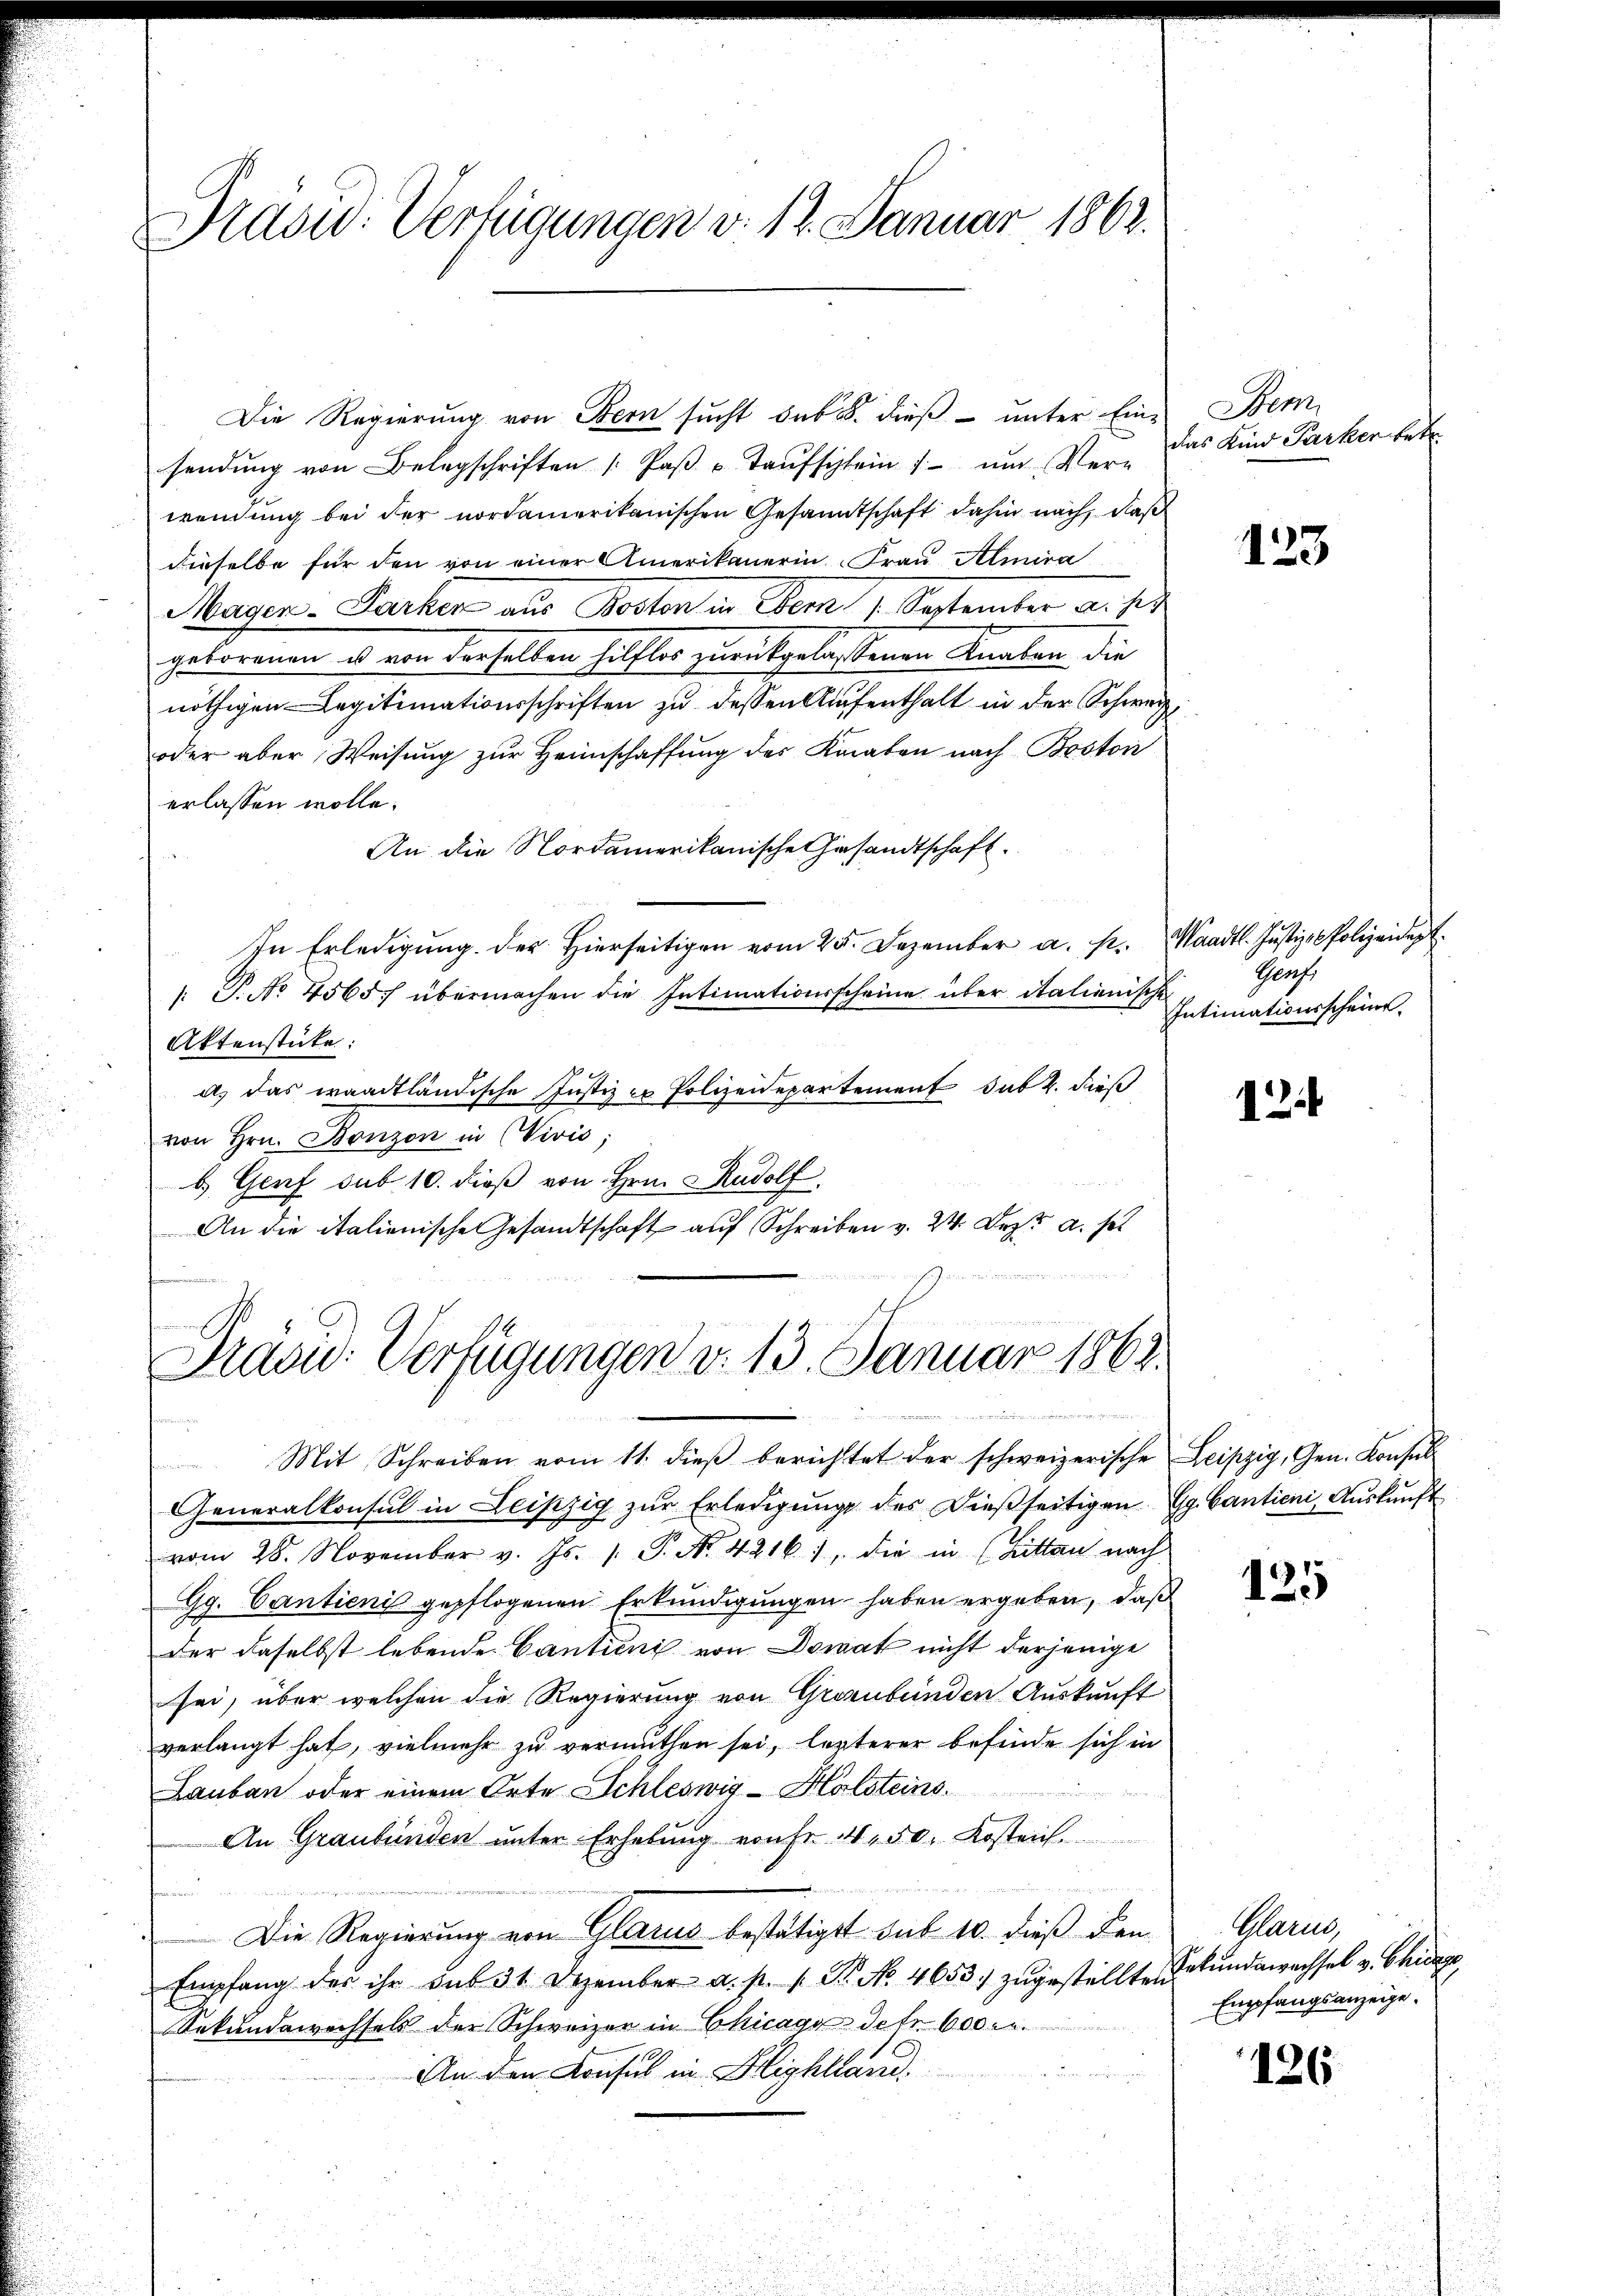
Präsid. Verfügungen v. 12. Januar 1862.

sendung von Belagschriften /: Paβ u. Taŭfschlein f ŭm Ver-
wendung bei der nordamerikanischen Gesandtschaft dahin nach, daß
dieselbe für den von einer Amerikanerin. Frau Amira
Mauern-Parter als Rector in Som 7. September u. sie
geborenen es von derselben hilflos zurückgelassenen Knalen die
nöthigen Legitimationsschriften zu dessen Aufenthalt in der Schweiz
oder aber Weisung zur Heimschaffung des Kraten nach Boston
erlassen wolle.
An die Nordamerikanische Gesandtschaft.
In Erledigung. Der hierseitigen vom 25. Dezember a. p. Waadt. Justiz-Polizeidept.
: P. No. 4565/ übermachen die Intimationsscheine über italienische
Aktenstücke:
a. Das waadtländische Justiz er Polizeidepartement sub 2. dieß
von Hrn. Bonzon in CVivis;
b. Genf sub 10. dieß von Hrn. Rudolf
An die italienische Gesandtschaft auf Schreiben v. 24. Dez. a. s

Die Regierung von Bern sucht sub. dieß – unter Ein-

Prasw: Verfügungen v. 13. Januar 1862.
e
1

Mit Schreiben vom 11. dieβ berichtet der schweizerische Leipzig, Gen. Konsul
Generalkonsul in Leipzig zŭr Erledigŭng des Dieβseitigen Gg. Cantieni, Aŭskŭnft
vom 28. November v. Js. 1. P. Nr. 42161, die in (Bitten nach
Gg. Cantienis gepflogenen Erkundigungen haben ergeben, daß
der daselbst lebende Cantini von Donat nicht derjenige
sei, über welchen die Regierung von Graubünden Auskunft
verlangt hat, vielmehr zu vermuthen sei, lezterer befinde sich in
Lauban oder einem Orte Schleswig-Holsteins
An Graubünden unter Erhebung von Fr. 450. Kosten

Die Regierung von Glarus bestätiget sub 10. dieß den
Empfang des ihr sub 31. Dezember a. p. s. B. No. 4653. zŭgestellte Dekŭndawechsel v. Chicaz
Sekundewechsels der Schweizer in Chicago Jefr. 600 Fr.
An den Konsul in Highland.

Bem
das Kind Parker betr.

123

Genf,
Intimationsscheint.

124

125

Mame,
Empfangsanzeige.

126